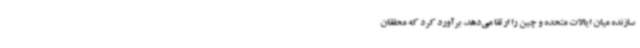
سازنده میان ایالات متحده و چین را ارتقا می‌دهد، برآورد کرد که محققان